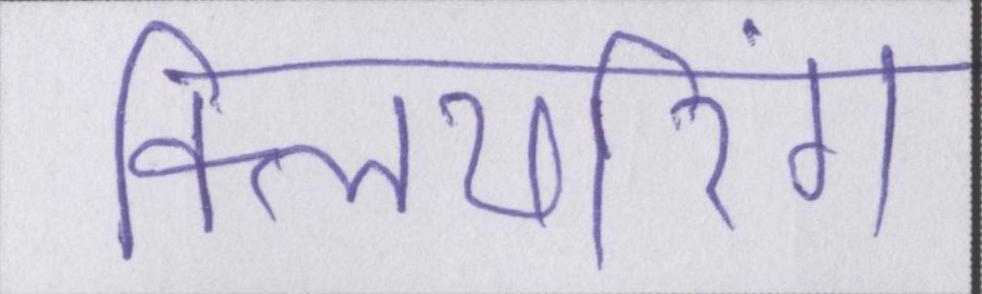
क्लियरिंग